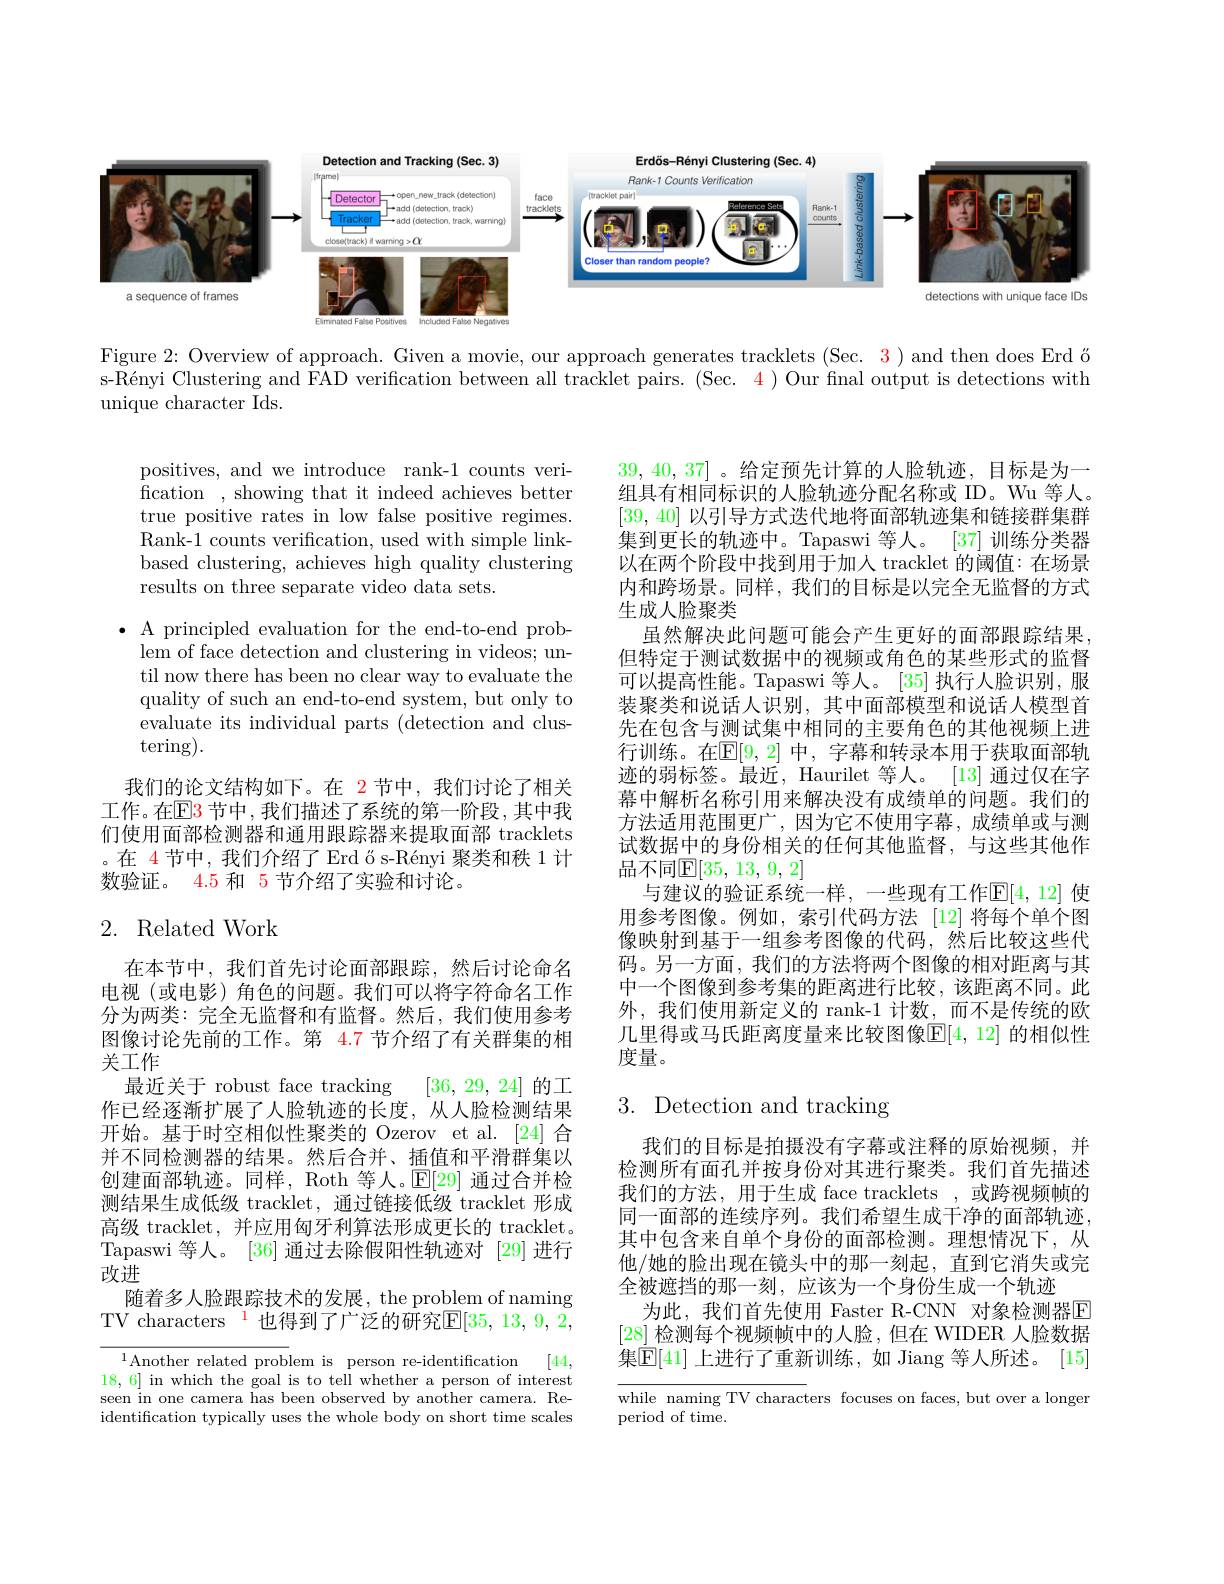
<FigureHere>

Figure 2: Overview of approach. Given a movie, our approach generates tracklets (Sec. 3) and then does Erd ő s-Rényi Clustering and FAD verification between all tracklet pairs. (Sec. 4) Our final output is detections with unique character Ids.

positives, and we introduce rank-1 counts verification , showing that it indeed achieves better true positive rates in low false positive regimes. Rank-1 counts verification, used with simple linkbased clustering, achieves high quality clustering results on three separate video data sets.

$\bullet$ A principled evaluation for the end-to-end prob-
lem of face detection and clustering in videos; until now there has been no clear way to evaluate the quality of such an end-to-end system, but only to evaluate its individual parts (detection and clustering).
我们的论文结构如下。在 2节中，我们讨论了相关工作。在$\mathbb{E}$3 节中，我们描述了系统的第一阶段，其中我们使用面部检测器和通用跟踪器来提取面部 tracklets 。在 4节中，我们介绍了 Erd ő s-Rényi 聚类和秩 1 计数验证。4.5 和 5 节介绍了实验和讨论。

39,40,37] 。给定预先计算的人脸轨迹，目标是为一组具有相同标识的人脸轨迹分配名称或 ID。Wu 等人。[39,40]以引导方式迭代地将面部轨迹集和链接群集群集到更长的轨迹中。Tapaswi 等人。[37] 训练分类器以在两个阶段中找到用于加人 tracklet 的阈值：在场景内和跨场景。同样，我们的目标是以完全无监督的方式生成人脸聚类
虽然解决此问题可能会产生更好的面部跟踪结果但特定于测试数据中的视频或角色的某些形式的监督可以提高性能。Tapaswi 等人。[35]执行人脸识别，服装聚类和说话人识别，其中面部模型和说话人模型首先在包含与测试集中相同的主要角色的其他视频上进行训练。在$\mathbb{E}[9,2]$ 中，字幕和转录本用于获取面部轨迹的弱标签。最近，Haurilet 等人。[13] 通过仅在字幕中解析名称引用来解决没有成绩单的问题。我们的方法适用范围更广，因为它不使用字幕，成绩单或与测试数据中的身份相关的任何其他监督，与这些其他作品不同$\mathbb{E}[35,13,9,2]$
与建议的验证系统一样，一些现有工作$\mathbb{E}[4,12]$ 使用参考图像。例如，索引代码方法 [12]将每个单个图像映射到基于一组参考图像的代码，然后比较这些代码。另一方面，我们的方法将两个图像的相对距离与其中一个图像到参考集的距离进行比较，该距离不同。此外，我们使用新定义的 rank-1 计数，而不是传统的欧几里得或马氏距离度量来比较图像$\mathbb{E}[4,12]$ 的相似性度量。

## 2. Related Work

# 3. Detection and tracking

在本节中，我们首先讨论面部跟踪，然后讨论命名电视(或电影)角色的问题。我们可以将字符命名工作分为两类：完全无监督和有监督。然后，我们使用参考图像讨论先前的工作。第 4.7 节介绍了有关群集的相关工作
最近关于 robust face tracking
[36, 29, 24]的工
作已经逐渐扩展了人脸轨迹的长度，从人脸检测结果开始。基于时空相似性聚类的 Ozerov et al.[24] 合并不同检测器的结果。然后合并、插值和平滑群集以创建面部轨迹。同样，Roth 等人。$\mathbb{E}[$29] 通过合并检测结果生成低级 tracklet, 通过链接低级 tracklet 形成高级 tracklet, 并应用匈牙利算法形成更长的 tracklet. Tapaswi 等人。[36]通过去除假阳性轨迹对[29]进行改进
随着多人脸跟踪技术的发展，the problem of naming TV characters $^{\color{red}{1}}$ 也得到了广泛的研究$\mathbb{E}[35,13,9,2,4]$

我们的目标是拍摄没有字幕或注释的原始视频，并检测所有面孔并按身份对其进行聚类。我们首先描述我们的方法，用于生成 face tracklets ,或跨视频帧的同一面部的连续序列。我们希望生成干净的面部轨迹， 其中包含来自单个身份的面部检测。理想情况下，从他/她的脸出现在镜头中的那一刻起，直到它消失或完全被遮挡的那一刻，应该为一个身份生成一个轨迹
为此，我们首先使用 Faster R-CNN 对象检测器E [28]检测每个视频帧中的人脸，但在 WIDER 人脸数据集$\mathbb{E}[41]$ 上进行了重新训练，如 Jiang 等人所述。[15]

$^{1}$Another related problem is person re-identification
[44,
18,6] in which the goal is to tell whether a person of interest seen in one camera has been observed by another camera. Reidentification typically uses the whole body on short time scales

while naming TV characters focuses on faces, but over a longer
period of time.